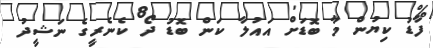
ފާޑު ކިޔުން މާ ބޮޑަށް އައުލާ ކަން ބޮޑު ދޯ ކެނެރީގެ ނަޝީދު